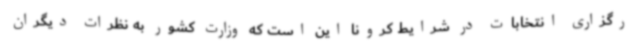
رگزاری انتخابات در شرایط کرونا این است که وزارت کشور به نظرات دیگران